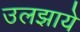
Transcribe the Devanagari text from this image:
उलझाये